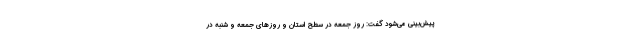
پیش‌بینی می‌شود گفت: روز جمعه در سطح استان و روزهای جمعه و شنبه در